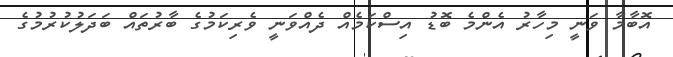
އޮބާމާ ވަނީ މިހާރު އެންމެ ބޮޑު އިސްކަމެއް ދެއްވަނީ ވެރިކަމުގެ ބާރުތައް ބަދަލުކުރުމުގެ